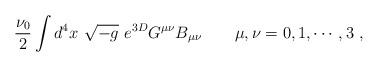
LaTeX: \begin{align*}\frac{\nu_0}{2} \int d^4 x\ \sqrt{-g}\ e^{ 3D} G^{\mu\nu} B_{\mu\nu}{}~~~~~\ \mu, \nu = 0, 1, \cdots, 3\ ,\end{align*}